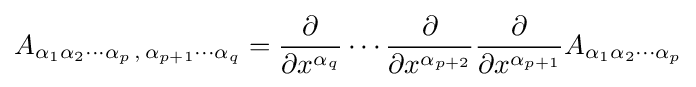
A_{\alpha _{1}\alpha _{2}\cdots \alpha _{p}\,,\,\alpha _{p+1}\cdots \alpha _{q}}={\dfrac {\partial }{\partial x^{\alpha _{q}}}}\cdots {\dfrac {\partial }{\partial x^{\alpha _{p+2}}}}{\dfrac {\partial }{\partial x^{\alpha _{p+1}}}}A_{\alpha _{1}\alpha _{2}\cdots \alpha _{p}}